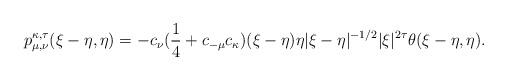
\begin{align*}p_{\mu, \nu}^{\kappa,\tau}(\xi-\eta, \eta) = -c_{\nu}(\frac{1}{4} + c_{-\mu} c_{\kappa}) (\xi-\eta)\eta |\xi-\eta|^{-1/2} |\xi|^{2\tau} \theta(\xi-\eta, \eta).\end{align*}